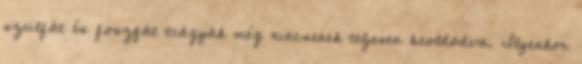
szulfát és foszfát trágyák még nincsenek teljesen beoldódva. Ilyenkor